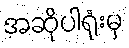
အဆိုပါရုံးမှ